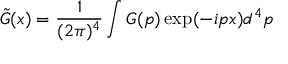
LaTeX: \tilde { G } ( x ) = \frac { 1 } { ( 2 \pi ) ^ { 4 } } \int G ( p ) \exp ( - i p x ) d ^ { 4 } p